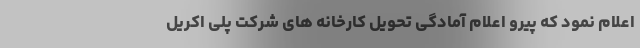
اعلام نمود که پیرو اعلام آمادگی تحویل کارخانه های شرکت پلی اکریل